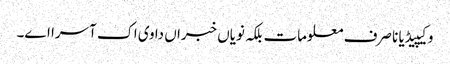
وکیپیڈیا نا صرف معلومات بلکہ نویاں خبراں دا وی اک آسرا اے۔